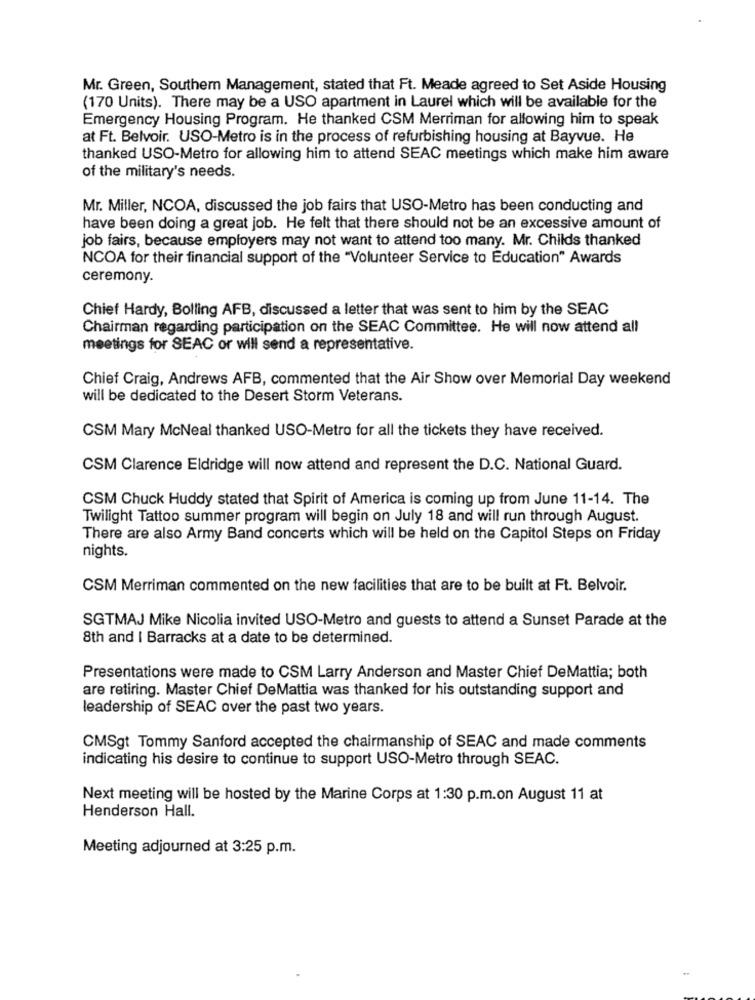
Mr. Green, Southem Management, stated that Ft. Meade agreed to Set Aside Housing
(170 Units). There may be a USO apartment in Laurel which will be available for the
Emergency Housing Program. He thanked CSM Merriman for allowing him to speak
at Ft. Belvoir. USO-Metro is in the process of refurbishing housing at Bayvue. He
thanked USO-Metro for allowing him to attend SEAC meetings which make him aware
of the military's needs.
Mr. Miller, NCOA, discussed the job fairs that USO-Metro has been conducting and
have been doing a great job. He felt that there should not be an excessive amount of
job fairs, because employers may not want to attend too many. Mr. Childs thanked
NCOA for their financial support of the "Volunteer Service to Education" Awards
ceremony.
Chief Hardy, Bolling AFB, discussed a letter that was sent to him by the SEAC
Chairman regarding participation on the SEAC Committee. He will now attend all
meetings for SEAC or will send a representative.
Chief Craig, Andrews AFB, commented that the Air Show over Memorial Day weekend
will be dedicated to the Desert Storm Veterans.
CSM Mary McNeal thanked USO-Metro for all the tickets they have received.
CSM Clarence Eldridge will now attend and represent the D.C. National Guard.
CSM Chuck Huddy stated that Spirit of America is coming up from June 11-14. The
Twilight Tattoo summer program will begin on July 18 and will run through August.
There are also Army Band concerts which will be held on the Capitol Steps on Friday
nights.
CSM Merriman commented on the new facilities that are to be built at Ft. Belvoir.
SGTMAJ Mike Nicolia invited USO-Metro and guests to attend a Sunset Parade at the
8th and I Barracks at a date to be determined.
Presentations were made to CSM Larry Anderson and Master Chief DeMattia; both
are retiring. Master Chief DeMattia was thanked for his outstanding support and
leadership of SEAC over the past two years.
CMSgt Tommy Sanford accepted the chairmanship of SEAC and made comments
indicating his desire to continue to support USO-Metro through SEAC.
Next meeting will be hosted by the Marine Corps at 1:30 p.m.on August 11 at
Henderson Hall.
Meeting adjourned at 3:25 p.m.